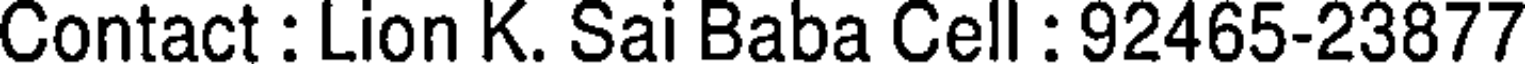
Contact : Lion K. Sai Baba Cell : 92465-23877